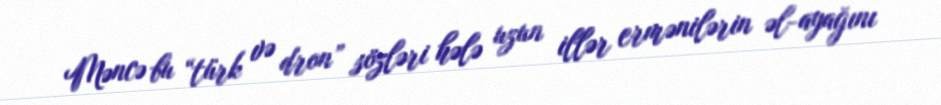
Məncə bu “türk və dron” sözləri hələ uzun illər ermənilərin əl-ayağını